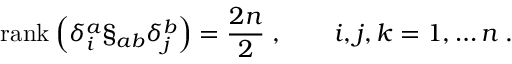
\mathrm { r a n k } \: \Bigl ( \delta _ { i } ^ { a } \S _ { a b } \delta _ { j } ^ { b } \Bigr ) = \frac { 2 n } { 2 } \; , \qquad i , j , k = 1 , \ldots n \; .